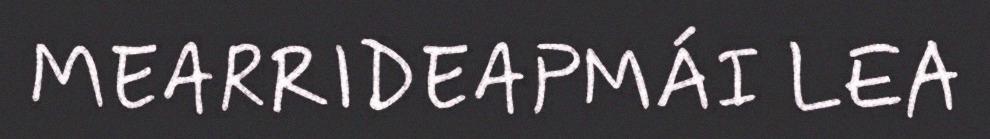
MEARRIDEAPMÁI LEA